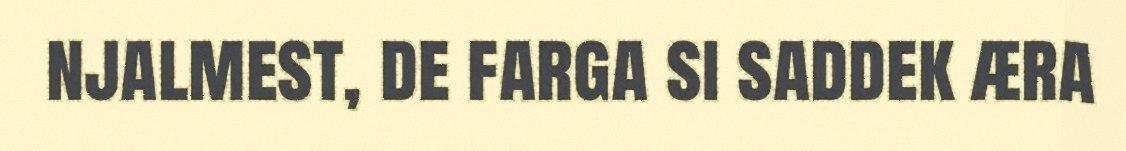
njalmest, de farga si saddek æra